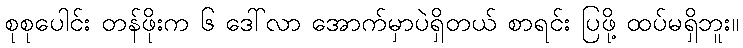
စုစုပေါင်း တန်ဖိုးက ၆ ဒေါ်လာ အောက်မှာပဲရှိတယ် စာရင်း ပြဖို့ ထပ်မရှိဘူး။